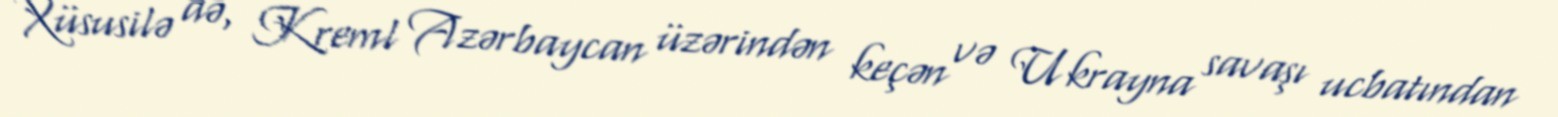
Xüsusilə də, Kreml Azərbaycan üzərindən keçən və Ukrayna savaşı ucbatından